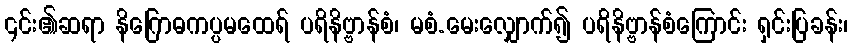
၎င်း၏ဆရာ နိဂြောဓကပ္ပမထေရ် ပရိနိဗ္ဗာန်စံ၊ မစံ.မေးလျှောက်၍ ပရိနိဗ္ဗာန်စံကြောင်း ရှင်းပြခန်း၊